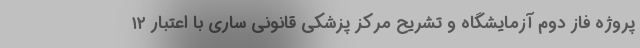
پروژه فاز دوم آزمایشگاه و تشریح مرکز پزشکی قانونی ساری با اعتبار ۱۲